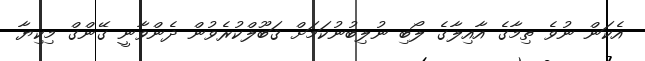
އެކަން ނުވެ ތިމާގެ އާއިލާގެ ލޯބި ނުލިބުނުކަމަށް ޤަބޫލްކުރެވުން ދެންވާނީ ގޭންގް މިކިޔާ